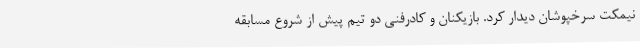
نیمکت سرخپوشان دیدار کرد. بازیکنان و کادرفنی دو تیم پیش از شروع مسابقه